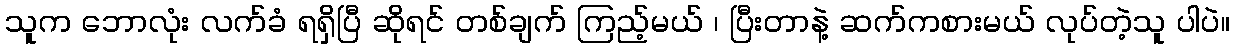
သူက ဘောလုံး လက်ခံ ရရှိပြီ ဆိုရင် တစ်ချက် ကြည့်မယ် ၊ ပြီးတာနဲ့ ဆက်ကစားမယ် လုပ်တဲ့သူ ပါပဲ။